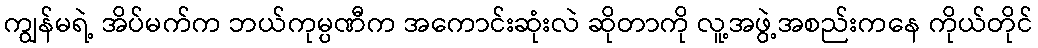
ကျွန်မရဲ့ အိပ်မက်က ဘယ်ကုမ္ပဏီက အကောင်းဆုံးလဲ ဆိုတာကို လူ့အဖွဲ့အစည်းကနေ ကိုယ်တိုင်